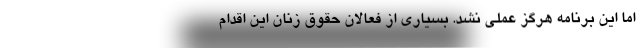
اما این برنامه هرگز عملی نشد. بسیاری از فعالان حقوق زنان این اقدام